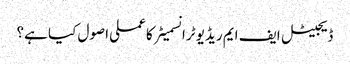
ڈیجیٹل ایف ایم ریڈیو ٹرانسمیٹر کا عملی اصول کیا ہے؟